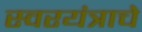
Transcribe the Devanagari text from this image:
स्वरयंत्राचे